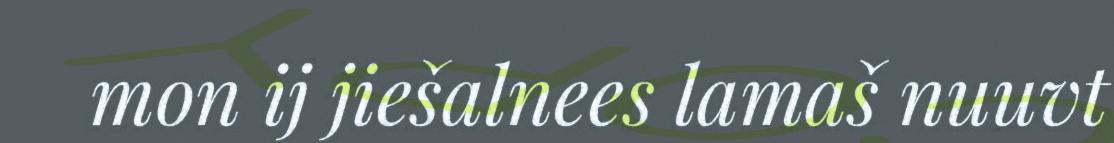
mon ij jiešalnees lamaš nuuvt